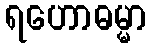
ရဟောဓမ္မာ